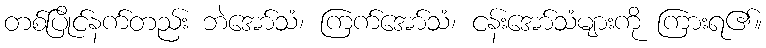
တစ်ပြိုင်နက်တည်း ဘဲအော်သံ၊ ကြက်အော်သံ၊ ငန်းအော်သံများကို ကြားရ၏။